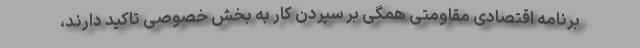
برنامه اقتصادی مقاومتی همگی بر سپردن کار به بخش خصوصی تاکید دارند،